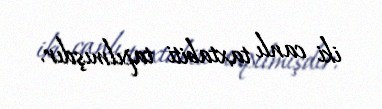
iki canlı taxtabiti tapılmışdır.